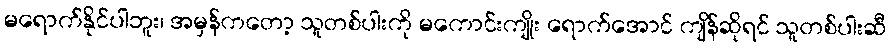
မရောက်နိုင်ပါဘူး၊ အမှန်ကတော့ သူတစ်ပါးကို မကောင်းကျိုး ရောက်အောင် ကျိန်ဆိုရင် သူတစ်ပါးဆီ